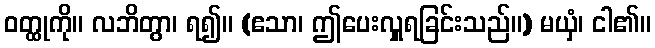
ဝတ္ထုကို။ လဘိတွာ၊ ရ၍။ (ဧသာ၊ ဤပေးလှူရခြင်းသည်။) မယှံ၊ ငါ၏။